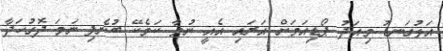
އަޅުގަނޑު މިއަދު ޕޯޑިއަމަށް އަރައި އެއީ ނުވާ ކަމެކޭ ބުނެފި ނަމަ ދޮގުހަދާ